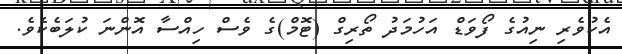
އެކުވެރި ނިއުގެ ފޯވަޑް އަހުމަދު ތޯރިގް (ޓޮމް)ގެ ވެސް ހިއްސާ އޮންނަ ކުލަބެކެވެ.